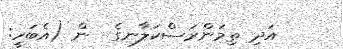
އަދި ތިމަންރަސްކަލާނގެ  ން (އެބަހީ: